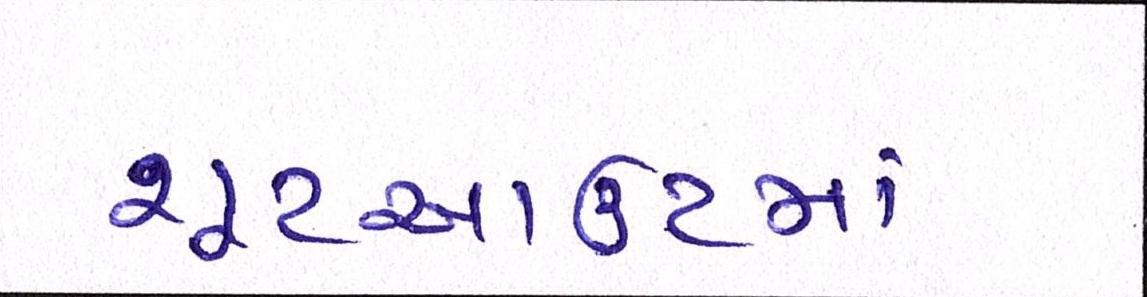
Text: શૂટઆઉટમાં